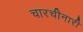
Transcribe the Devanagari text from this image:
चारचीनारी